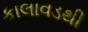
કાલાવડથી